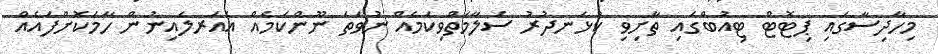
މިހާދިސާގައި ޕިޓޮޓް ޓިއުބްގައި ތާށިވި ކުޅަނދުރު ސަލާމަތްވިކަމެއް ނުވަތަ ނޫންކަމެއް އެއަރލައިނުން ހާމަކޮށްފައެއް